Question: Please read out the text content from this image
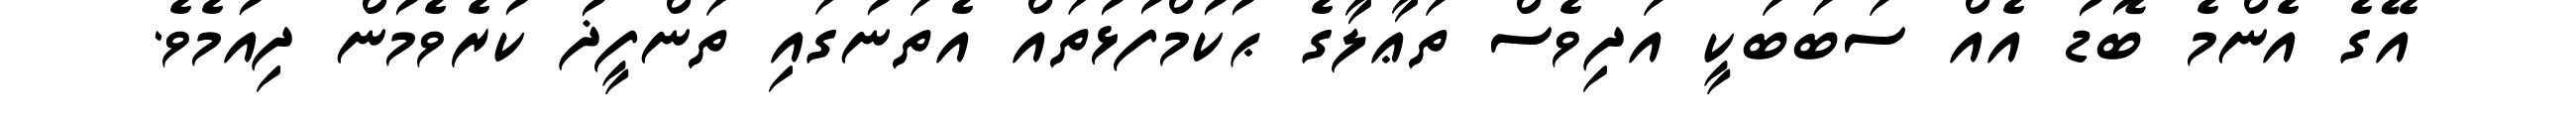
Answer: އޭގެ އެންމެ ބޮޑު އެއް ސަބަބަކީ އަދިވެސް ތަޢާލާގެ ޙުކުމްފުޅުތައް އެތަނުގައި ތަންފީޛު ކުރެވެމުން ދިއުމެވެ.